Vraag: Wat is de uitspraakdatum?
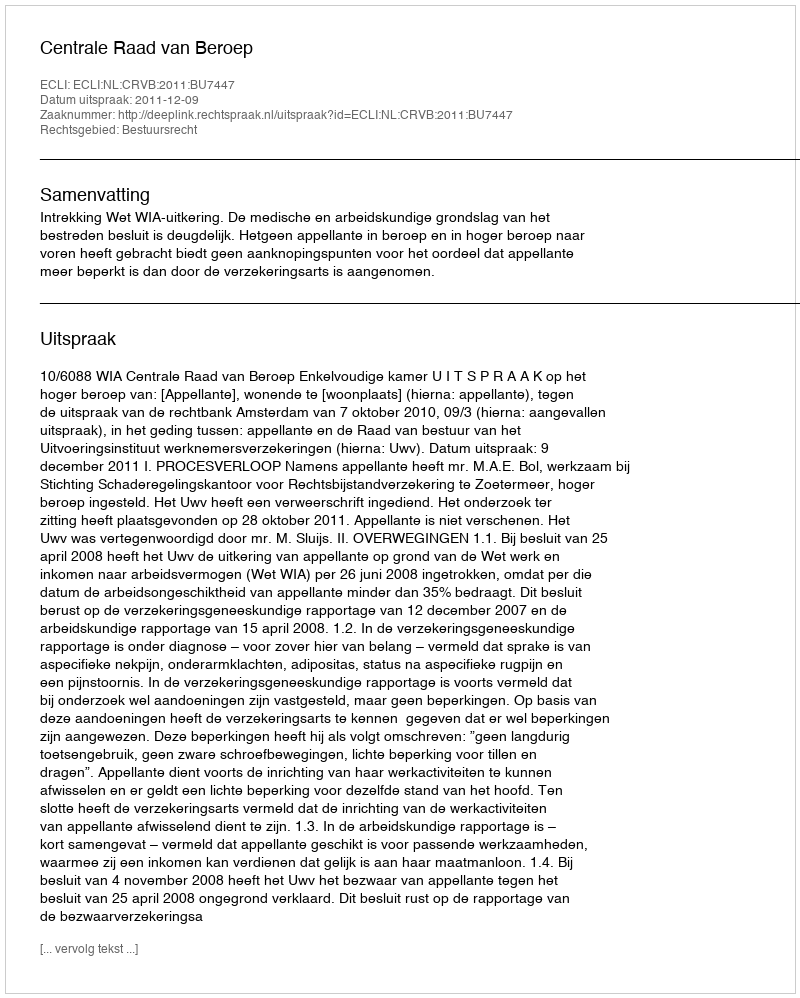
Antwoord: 2011-12-09